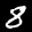
Label: 8